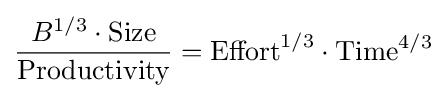
{\frac {B^{1/3}\cdot {\text{Size}}}{\text{Productivity}}}={\text{Effort}}^{1/3}\cdot {\text{Time}}^{4/3}